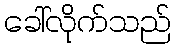
ခေါ်လိုက်သည်